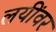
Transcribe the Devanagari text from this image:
लयींवर